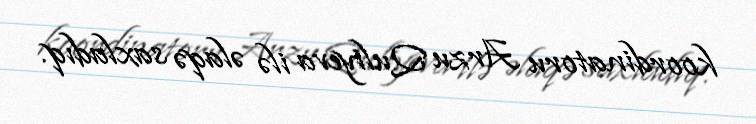
koordinatoru Arzu Quliyeva ilə əlaqə saxladıq.